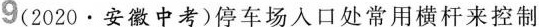
9（2020·安徽中考）停车场入口处常用横杆来控制